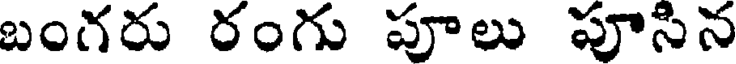
బంగరు రంగు పూలు పూసిన